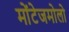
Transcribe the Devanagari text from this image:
मोंटेजमोलो